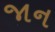
જાન